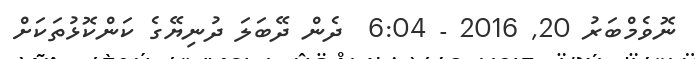
ނޮވެމްބަރު 20